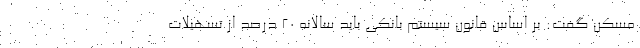
مسکن گفت: بر اساس قانون سیستم بانکی باید سالانه 20 درصد از تسهیلات